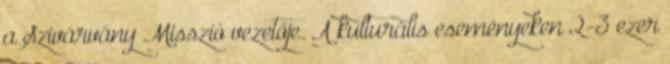
a Szivárvány Misszió vezetője. A kulturális eseményeken 2-3 ezer